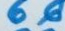
66